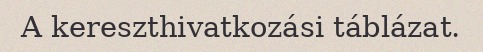
A kereszthivatkozási táblázat.